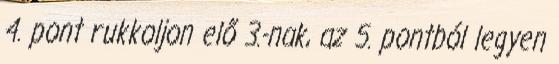
4. pont rukkoljon elő 3.-nak, az 5. pontból legyen